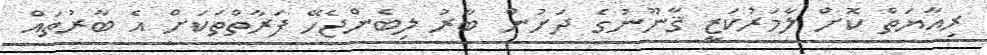
ރިއާޔަތް ކޮށް ލާމަރުކަޒީ ޤާނޫނުގެ ދަށުން ބާރު ލިބެންޖެހޭ ފަރާތްތަކަށް އެ ބާރުތައް